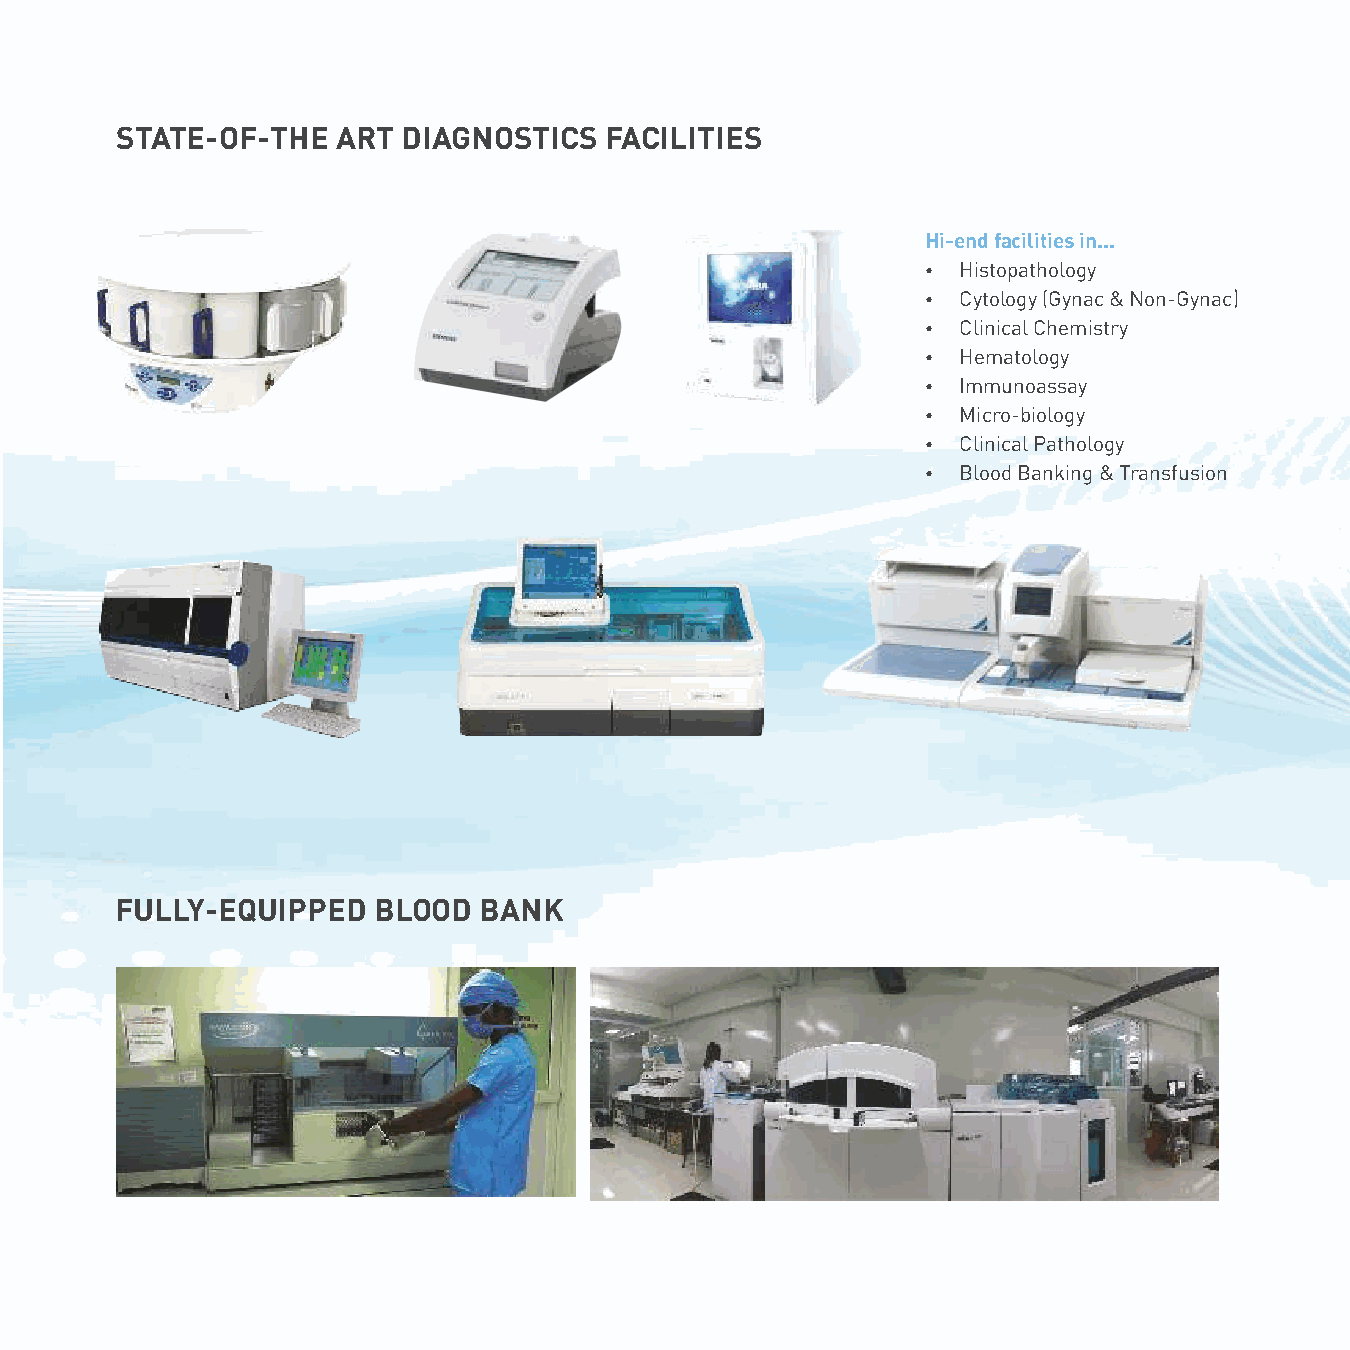
STATE-OF-THE  ART  DIAGNOSTICS  FACILITIES
 Hi-end facilities in...
 Ÿ  Histopathology
 Ÿ  Cytology (Gynac & Non-Gynac)
 Ÿ  Clinical Chemistry
 Ÿ  Hematology
 Ÿ  Immunoassay
 Ÿ  Micro-biology
 Ÿ  Clinical Pathology
 Ÿ  Blood Banking & Transfusion
 FULLY-EQUIPPED   BLOOD  BANK